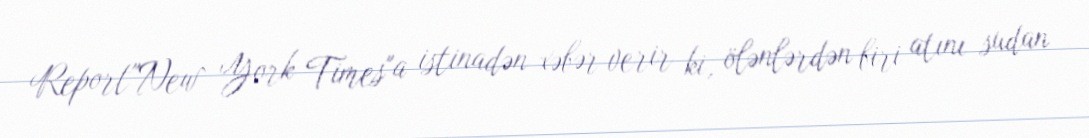
Report"New York Times"a istinadən xəbər verir ki, ölənlərdən biri atını sudan